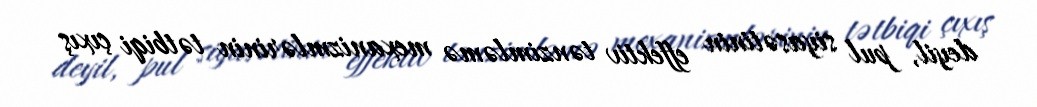
deyil, pul siyasətinin effektiv tənzimləmə mexanizmlərinin tətbiqi çıxış